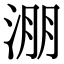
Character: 淜